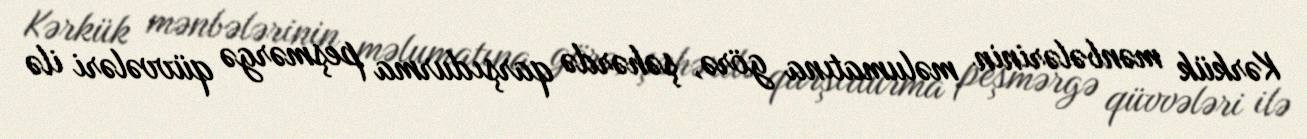
Kərkük mənbələrinin məlumatına görə, şəhərdə qarşıdurma peşmərgə qüvvələri ilə